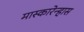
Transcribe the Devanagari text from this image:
मास्कारेन्हास